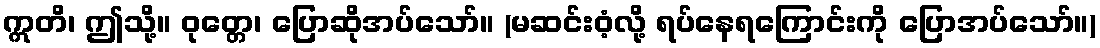
ဣတိ၊ ဤသို့။ ဝုတ္တေ၊ ပြောဆိုအပ်သော်။ (မဆင်းဝံ့လို့ ရပ်နေရကြောင်းကို ပြောအပ်သော်။)